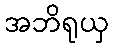
အဘိရုယှ